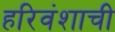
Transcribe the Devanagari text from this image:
हरिवंशाची